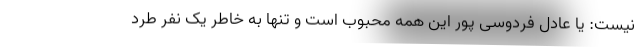
نیست: یا عادل فردوسی پور این همه محبوب است و تنها به خاطر یک نفر طرد